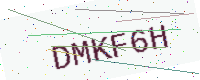
Text: DMKF6H